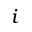
i